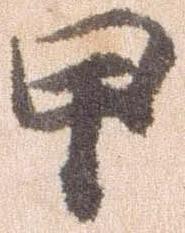
甲